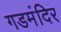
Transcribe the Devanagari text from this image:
गडमंदिर